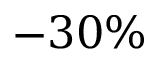
- 3 0 \%